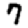
Digit: 7